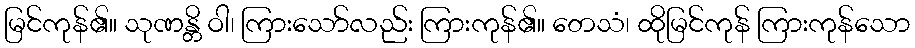
မြင်ကုန်၏။ သုဏန္တိ ဝါ၊ ကြားသော်လည်း ကြားကုန်၏။ တေသံ၊ ထိုမြင်ကုန် ကြားကုန်သော